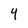
Character: Y